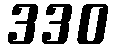
330